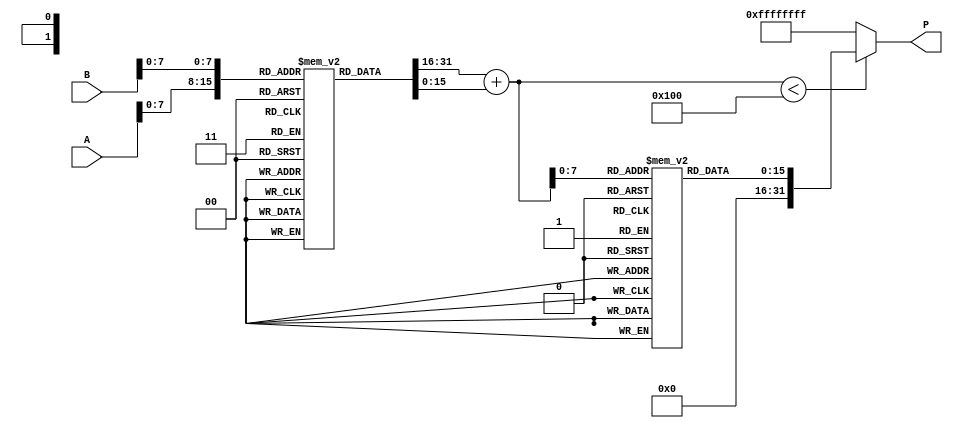
module LogarithmicMultiplier (
    input [15:0] A, // Input A
    input [15:0] B, // Input B
    output reg [31:0] P // Product output
);

    // Logarithm lookup table (for simplicity, using a small range)
    reg [15:0] log_table [0:255]; // Assuming inputs are in range [0, 255]
    initial begin
        // Populate the log_table with pre-calculated logarithm values
        // This is just an example, actual values need to be filled in
        log_table[0] = 16'h0000; // ln(1) = 0
        log_table[1] = 16'h0000; // ln(1) = 0
        // Fill in other values...
        log_table[2] = 16'h0001; // ln(2)
        log_table[3] = 16'h0002; // ln(3)
        // Continue for all values up to 255
    end

    // Exponential lookup table
    reg [15:0] exp_table [0:255]; // Assuming outputs are in range [0, 255]
    initial begin
        // Populate the exp_table with pre-calculated exponential values
        // This is just an example, actual values need to be filled in
        exp_table[0] = 16'h0001; // e^0 = 1
        exp_table[1] = 16'h0001; // e^0 = 1
        // Fill in other values...
        exp_table[2] = 16'h0002; // e^1
        exp_table[3] = 16'h0003; // e^2
        // Continue for all values up to 255
    end

    // Internal signals
    reg [15:0] lnA, lnB, lnSum;

    always @(*) begin
        // Logarithmic Transformation
        lnA = log_table[A]; // Get ln(A)
        lnB = log_table[B]; // Get ln(B)

        // Addition
        lnSum = lnA + lnB; // Calculate ln(A) + ln(B)

        // Exponential Transformation
        if (lnSum < 256) // Ensure we don't exceed the lookup table range
            P = exp_table[lnSum]; // Get e^(ln(A) + ln(B))
        else
            P = 32'hFFFFFFFF; // Handle overflow case (or return max value)
    end

endmodule